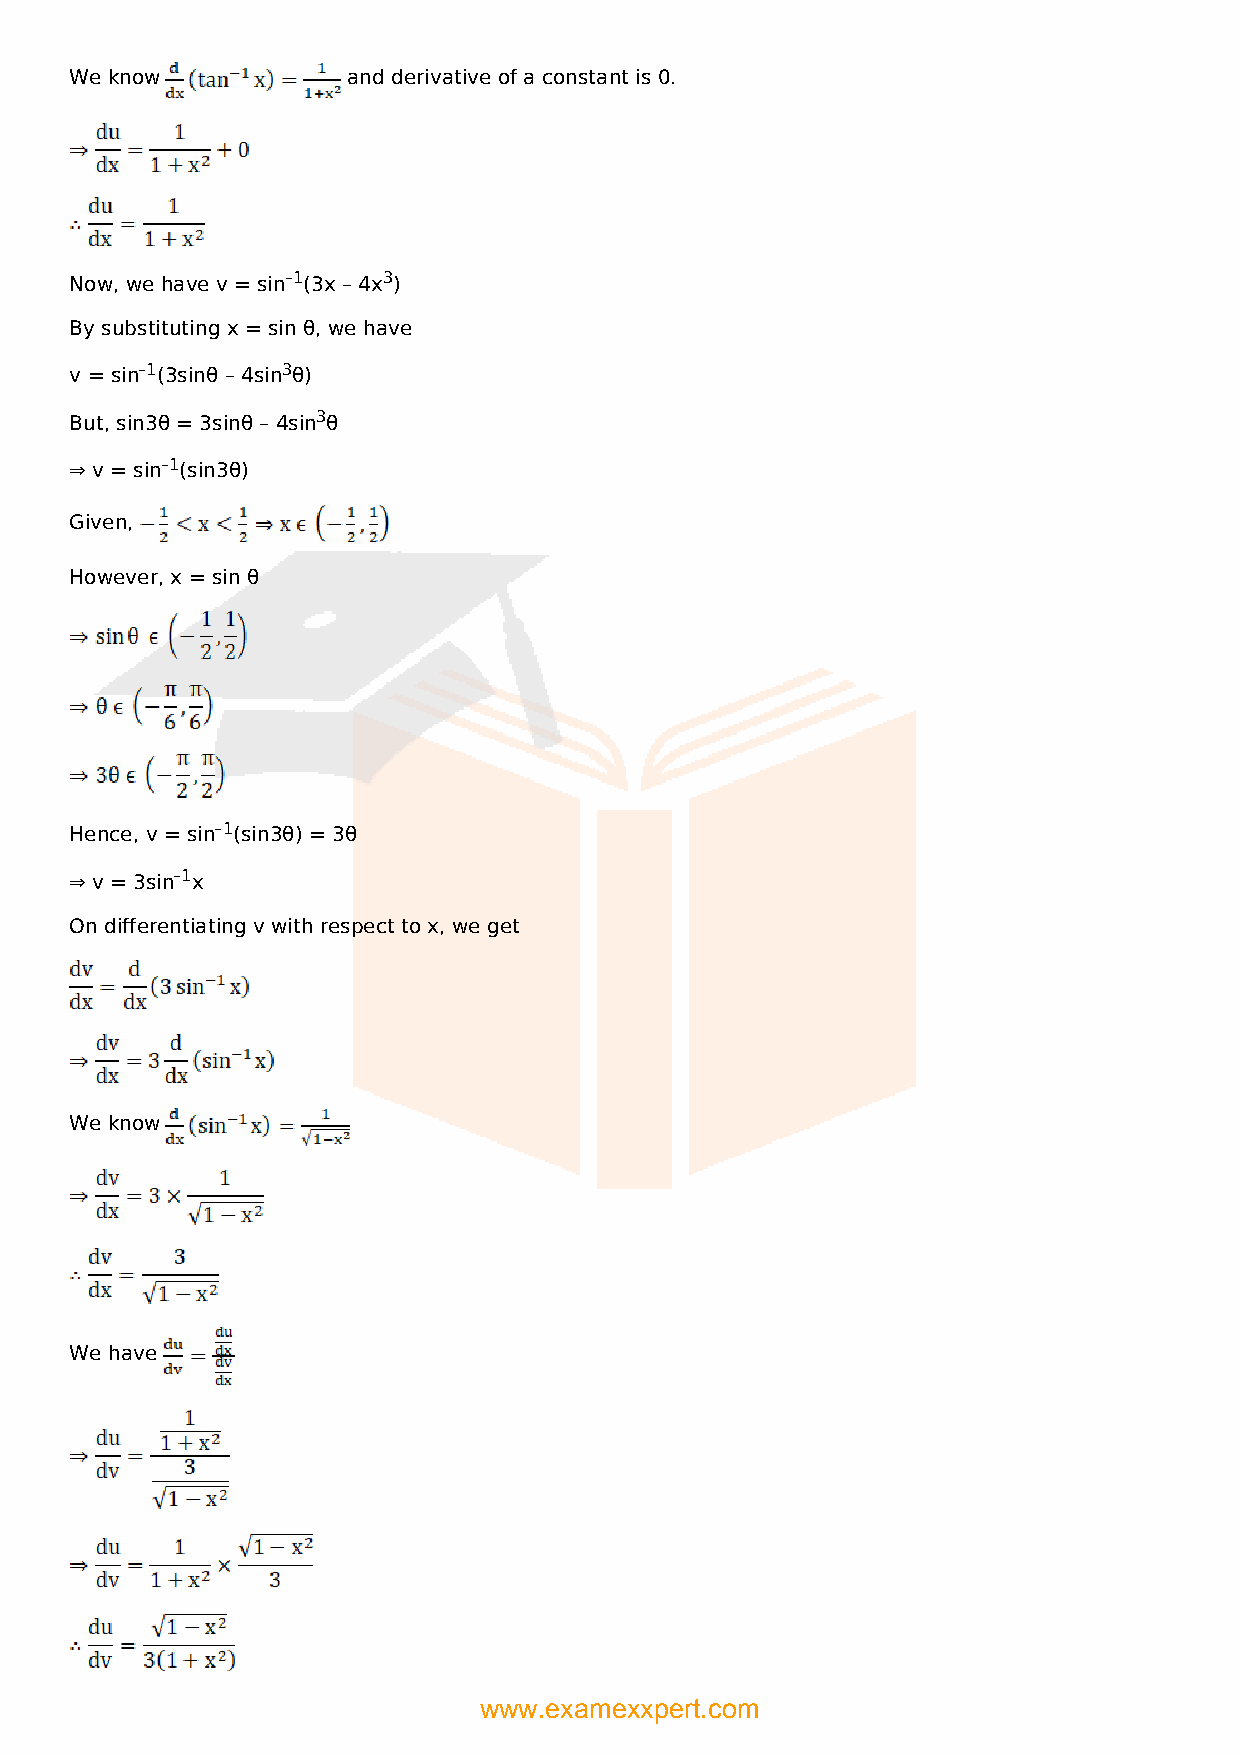
We know           and derivative of a constant is 0.
 Now, we have v = sin–1(3x – 4x3)
 By substituting x = sin θ, we have
 v = sin–1(3sinθ – 4sin3θ)
 But, sin3θ = 3sinθ – 4sin3θ
 ⇒ v = sin–1(sin3θ)
 Given,
 However, x = sin θ
 Hence, v = sin–1(sin3θ) = 3θ
 ⇒ v = 3sin–1x
 On differentiating v with respect to x, we get
 We know
 We have
 www.examexxpert.com